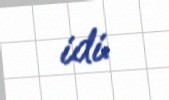
idi.